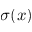
\sigma ( x )